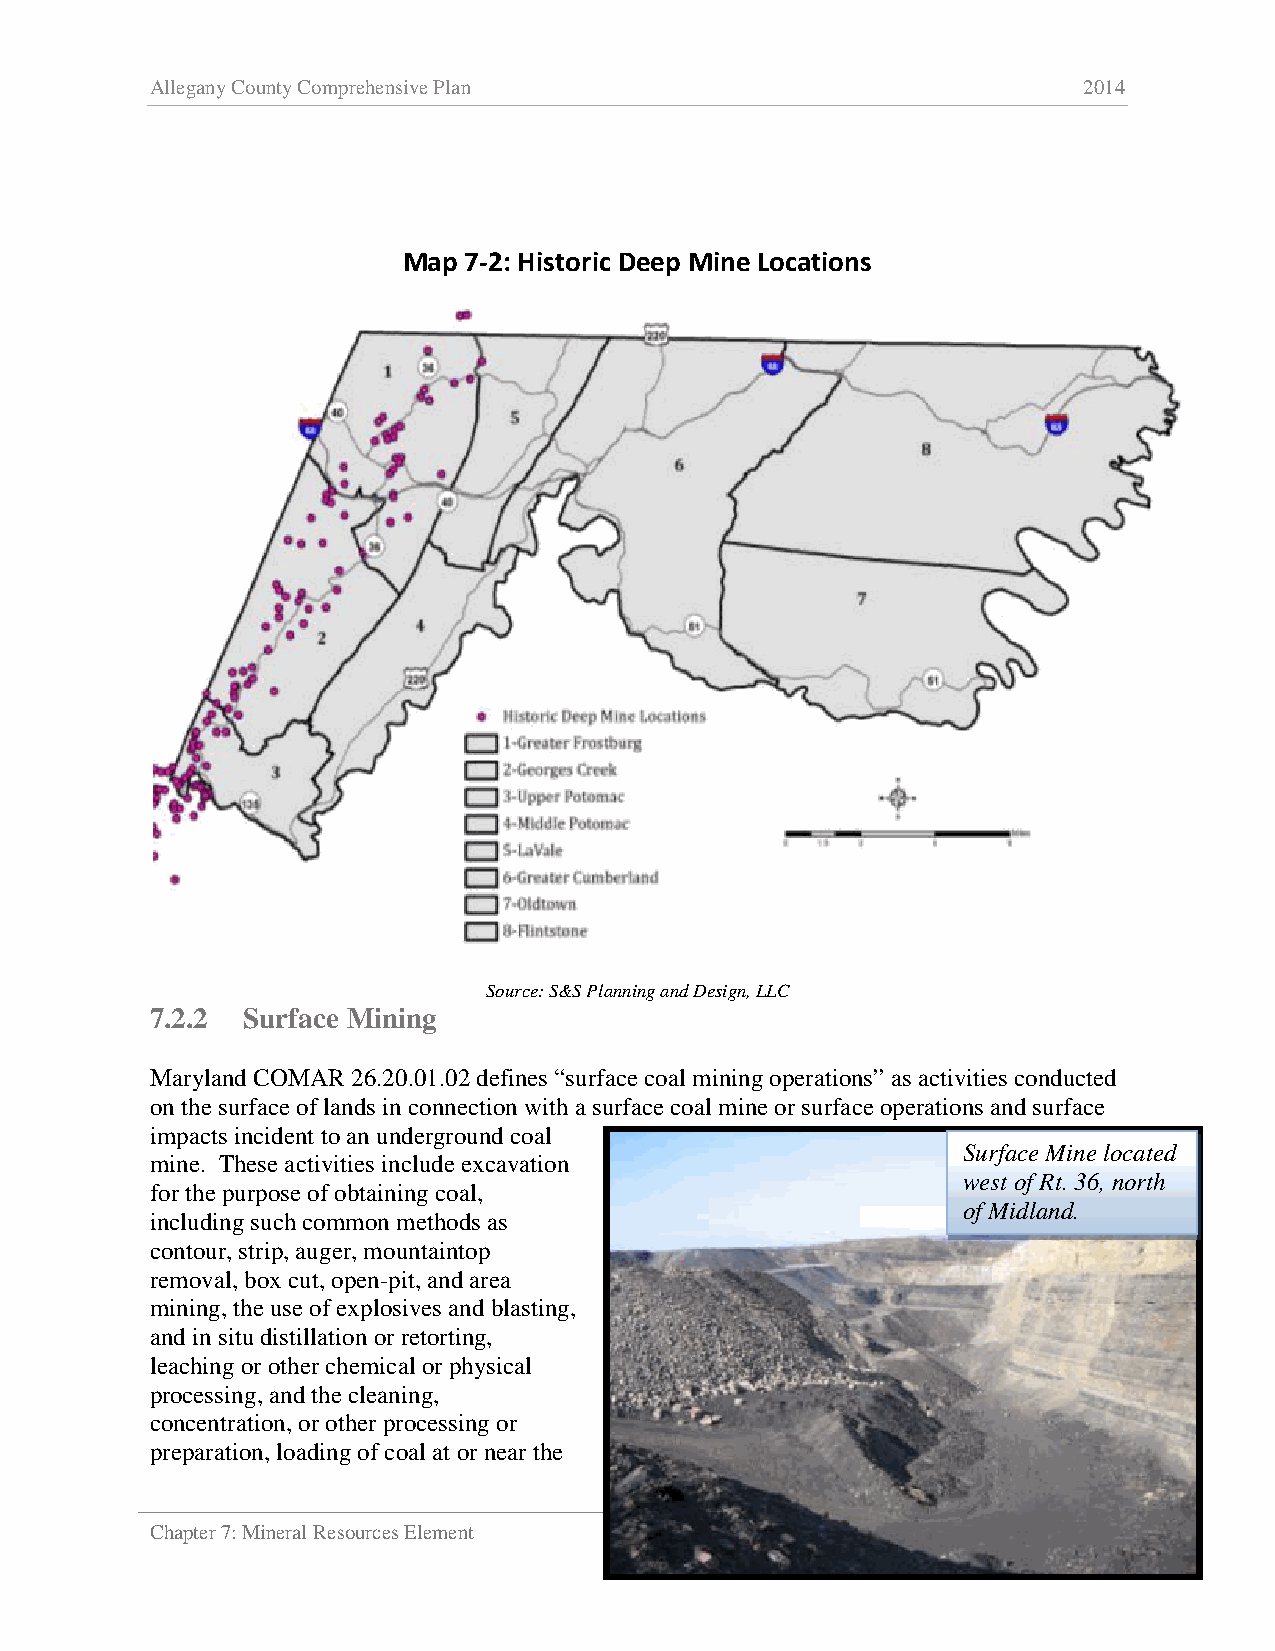
Allegany County Comprehensive Plan                            2014
 Map 7-2: Historic Deep Mine Locations
 Source: S&S Planning and Design, LLC
 7.2.2 Surface Mining
 Maryland COMAR 26.20.01.02 defines “surface coal mining operations” as activities conducted
 on the surface of lands in connection with a surface coal mine or surface operations and surface
 impacts incident to an underground coal
 Surface Mine located
 mine. These activities include excavation
 west of Rt. 36, north
 for the purpose of obtaining coal,
 of Midland.
 including such common methods as
 contour, strip, auger, mountaintop
 removal, box cut, open-pit, and area
 mining, the use of explosives and blasting,
 and in situ distillation or retorting,
 leaching or other chemical or physical
 processing, and the cleaning,
 concentration, or other processing or
 preparation, loading of coal at or near the
 Chapter 7: Mineral Resources Element                           7-6